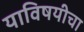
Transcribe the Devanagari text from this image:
याविषयीचा